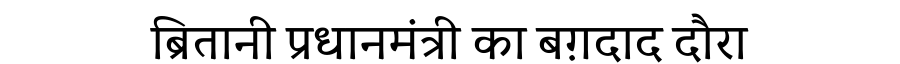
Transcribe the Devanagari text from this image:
ब्रितानी प्रधानमंत्री का बग़दाद दौरा